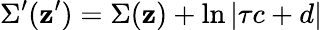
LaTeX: \Sigma^{\prime}({\mathbf z^{\prime}})=\Sigma({\mathbf z})+\ln\left|\tau c+d\right|